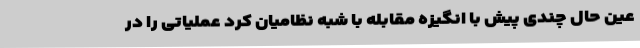
عین حال چندی پیش با انگیزه مقابله با شبه نظامیان کرد عملیاتی را در